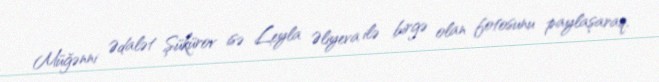
Müğənni Ədalət Şükürov isə Leyla Əliyeva ilə birgə olan fotosunu paylaşaraq,